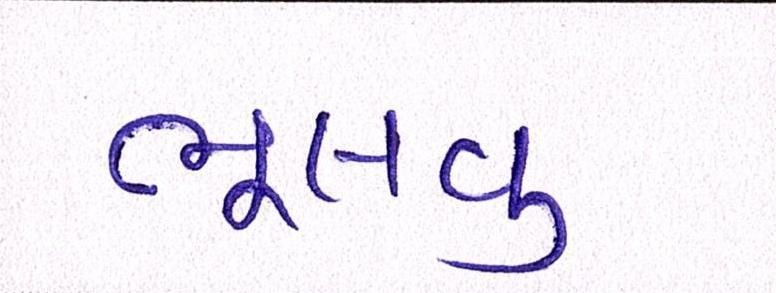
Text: ભૂલવુ